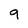
Character: 9